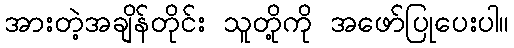
အားတဲ့အချိန်တိုင်း သူတို့ကို အဖော်ပြုပေးပါ။